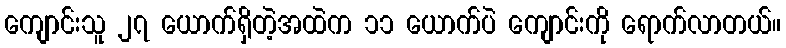
ကျောင်းသူ ၂၇ ယောက်ရှိတဲ့အထဲက ၁၁ ယောက်ပဲ ကျောင်းကို ရောက်လာတယ်။